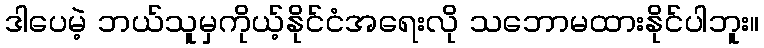
ဒါပေမဲ့ ဘယ်သူမှကိုယ့်နိုင်ငံအရေးလို သဘောမထားနိုင်ပါဘူး။